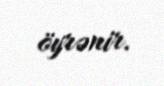
öyrənir.